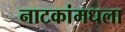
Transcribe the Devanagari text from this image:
नाटकांमधला